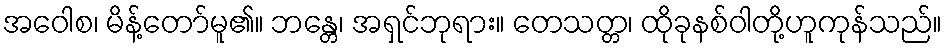
အဝေါစ၊ မိန့်တော်မူ၏။ ဘန္တေ၊ အရှင်ဘုရား။ တေသတ္တ၊ ထိုခုနစ်ဝါတို့ဟူကုန်သည်။